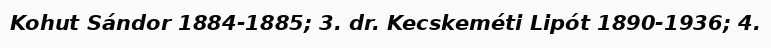
Kohut Sándor 1884-1885; 3. dr. Kecskeméti Lipót 1890-1936; 4.